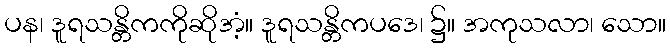
ပန၊ ဒူရသန္တိကကိုဆိုအံ့။ ဒူရသန္တိကပဒေ၊ ၌။ အကုသလာ၊ သော။